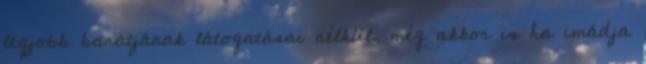
legjobb barátjának látogatásai nélkül, még akkor is ha imádja